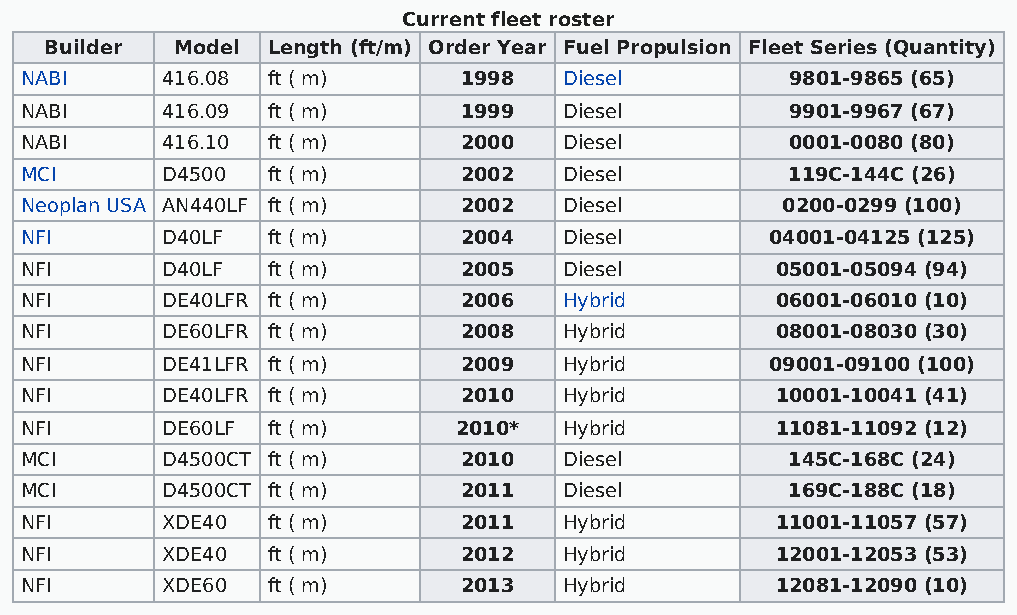
Current fleet roster
 Builder  Model Length (ft/m) Order Year Fuel Propulsion Fleet Series (Quantity)
 NABI      416.08 ft ( m)     1998   Diesel         9801-9865 (65)
 NABI      416.09 ft ( m)     1999   Diesel         9901-9967 (67)
 NABI      416.10 ft ( m)     2000   Diesel         0001-0080 (80)
 MCI       D4500  ft ( m)     2002   Diesel         119C-144C (26)
 Neoplan USA AN440LF ft ( m)  2002   Diesel         0200-0299 (100)
 NFI       D40LF  ft ( m)     2004   Diesel        04001-04125 (125)
 NFI       D40LF  ft ( m)     2005   Diesel        05001-05094 (94)
 NFI       DE40LFR ft ( m)    2006   Hybrid        06001-06010 (10)
 NFI       DE60LFR ft ( m)    2008   Hybrid        08001-08030 (30)
 NFI       DE41LFR ft ( m)    2009   Hybrid        09001-09100 (100)
 NFI       DE40LFR ft ( m)    2010   Hybrid        10001-10041 (41)
 NFI       DE60LF ft ( m)     2010*  Hybrid        11081-11092 (12)
 MCI       D4500CT ft ( m)    2010   Diesel         145C-168C (24)
 MCI       D4500CT ft ( m)    2011   Diesel         169C-188C (18)
 NFI       XDE40  ft ( m)     2011   Hybrid        11001-11057 (57)
 NFI       XDE40  ft ( m)     2012   Hybrid        12001-12053 (53)
 NFI       XDE60  ft ( m)     2013   Hybrid        12081-12090 (10)